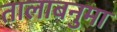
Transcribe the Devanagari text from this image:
तालाबनुमा